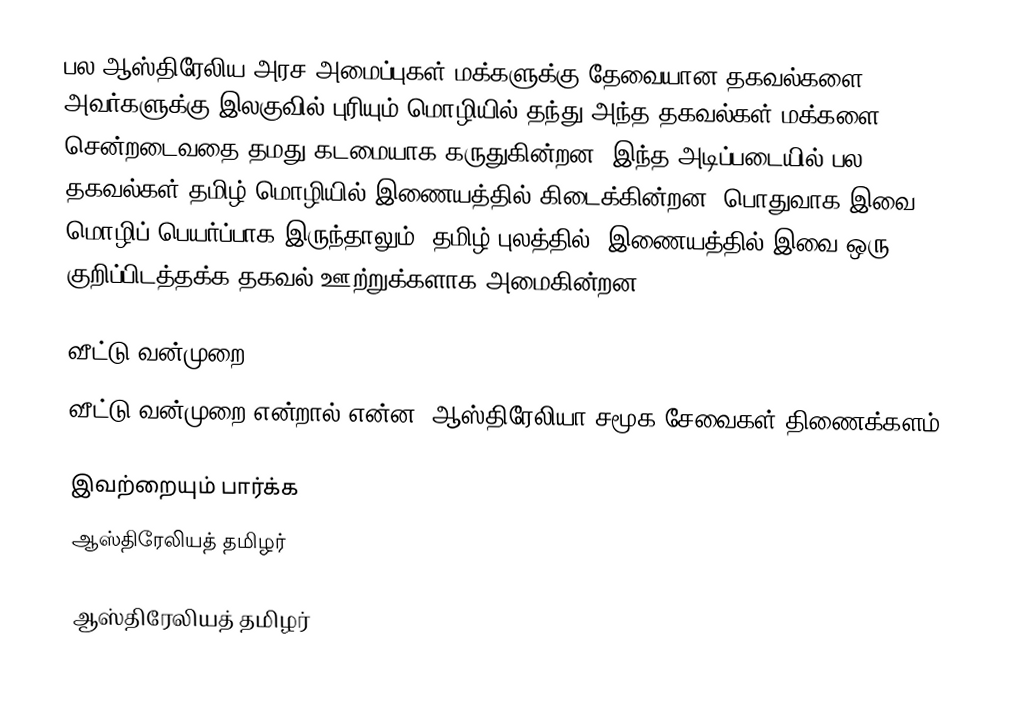
பல ஆஸ்திரேலிய அரச அமைப்புகள் மக்களுக்கு தேவையான தகவல்களை அவர்களுக்கு இலகுவில் புரியும் மொழியில் தந்து அந்த தகவல்கள் மக்களை சென்றடைவதை தமது கடமையாக கருதுகின்றன. இந்த அடிப்படையில் பல தகவல்கள் தமிழ் மொழியில் இணையத்தில் கிடைக்கின்றன.  பொதுவாக இவை மொழிப் பெயர்ப்பாக இருந்தாலும், தமிழ் புலத்தில், இணையத்தில் இவை ஒரு குறிப்பிடத்தக்க தகவல் ஊற்றுக்களாக அமைகின்றன.

வீட்டு வன்முறை
 வீட்டு வன்முறை என்றால் என்ன? ஆஸ்திரேலியா சமூக சேவைகள் திணைக்களம்

இவற்றையும் பார்க்க
 ஆஸ்திரேலியத் தமிழர்

ஆஸ்திரேலியத் தமிழர்